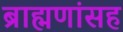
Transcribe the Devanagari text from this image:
ब्राह्मणांसह